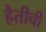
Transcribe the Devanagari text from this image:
हैतीची